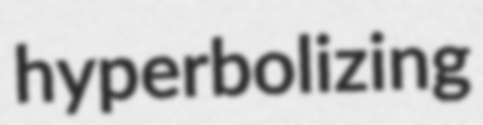
hyperbolizing